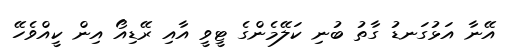
އޭނާ އަޅުގަނޑު ގާތު ބުނި ކަލޭމެންގެ ޓީވީ އާއި ރޭޑިއޯ އިން ކީއްވެހޭ